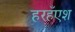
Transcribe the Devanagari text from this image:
हरहँएश